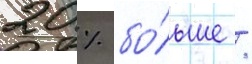
20 % бо́льше /